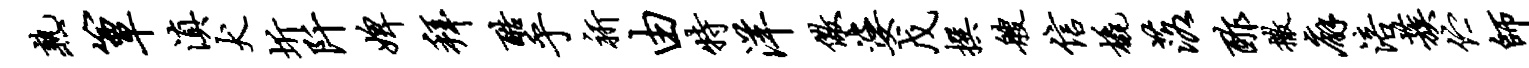
熟簟滇犬圻阡婢拜酷乎祈由特洋儆婆戊撰艘信橇落酢撒廨涪蔟伫师